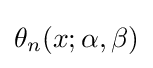
\theta _{n}(x;\alpha ,\beta )